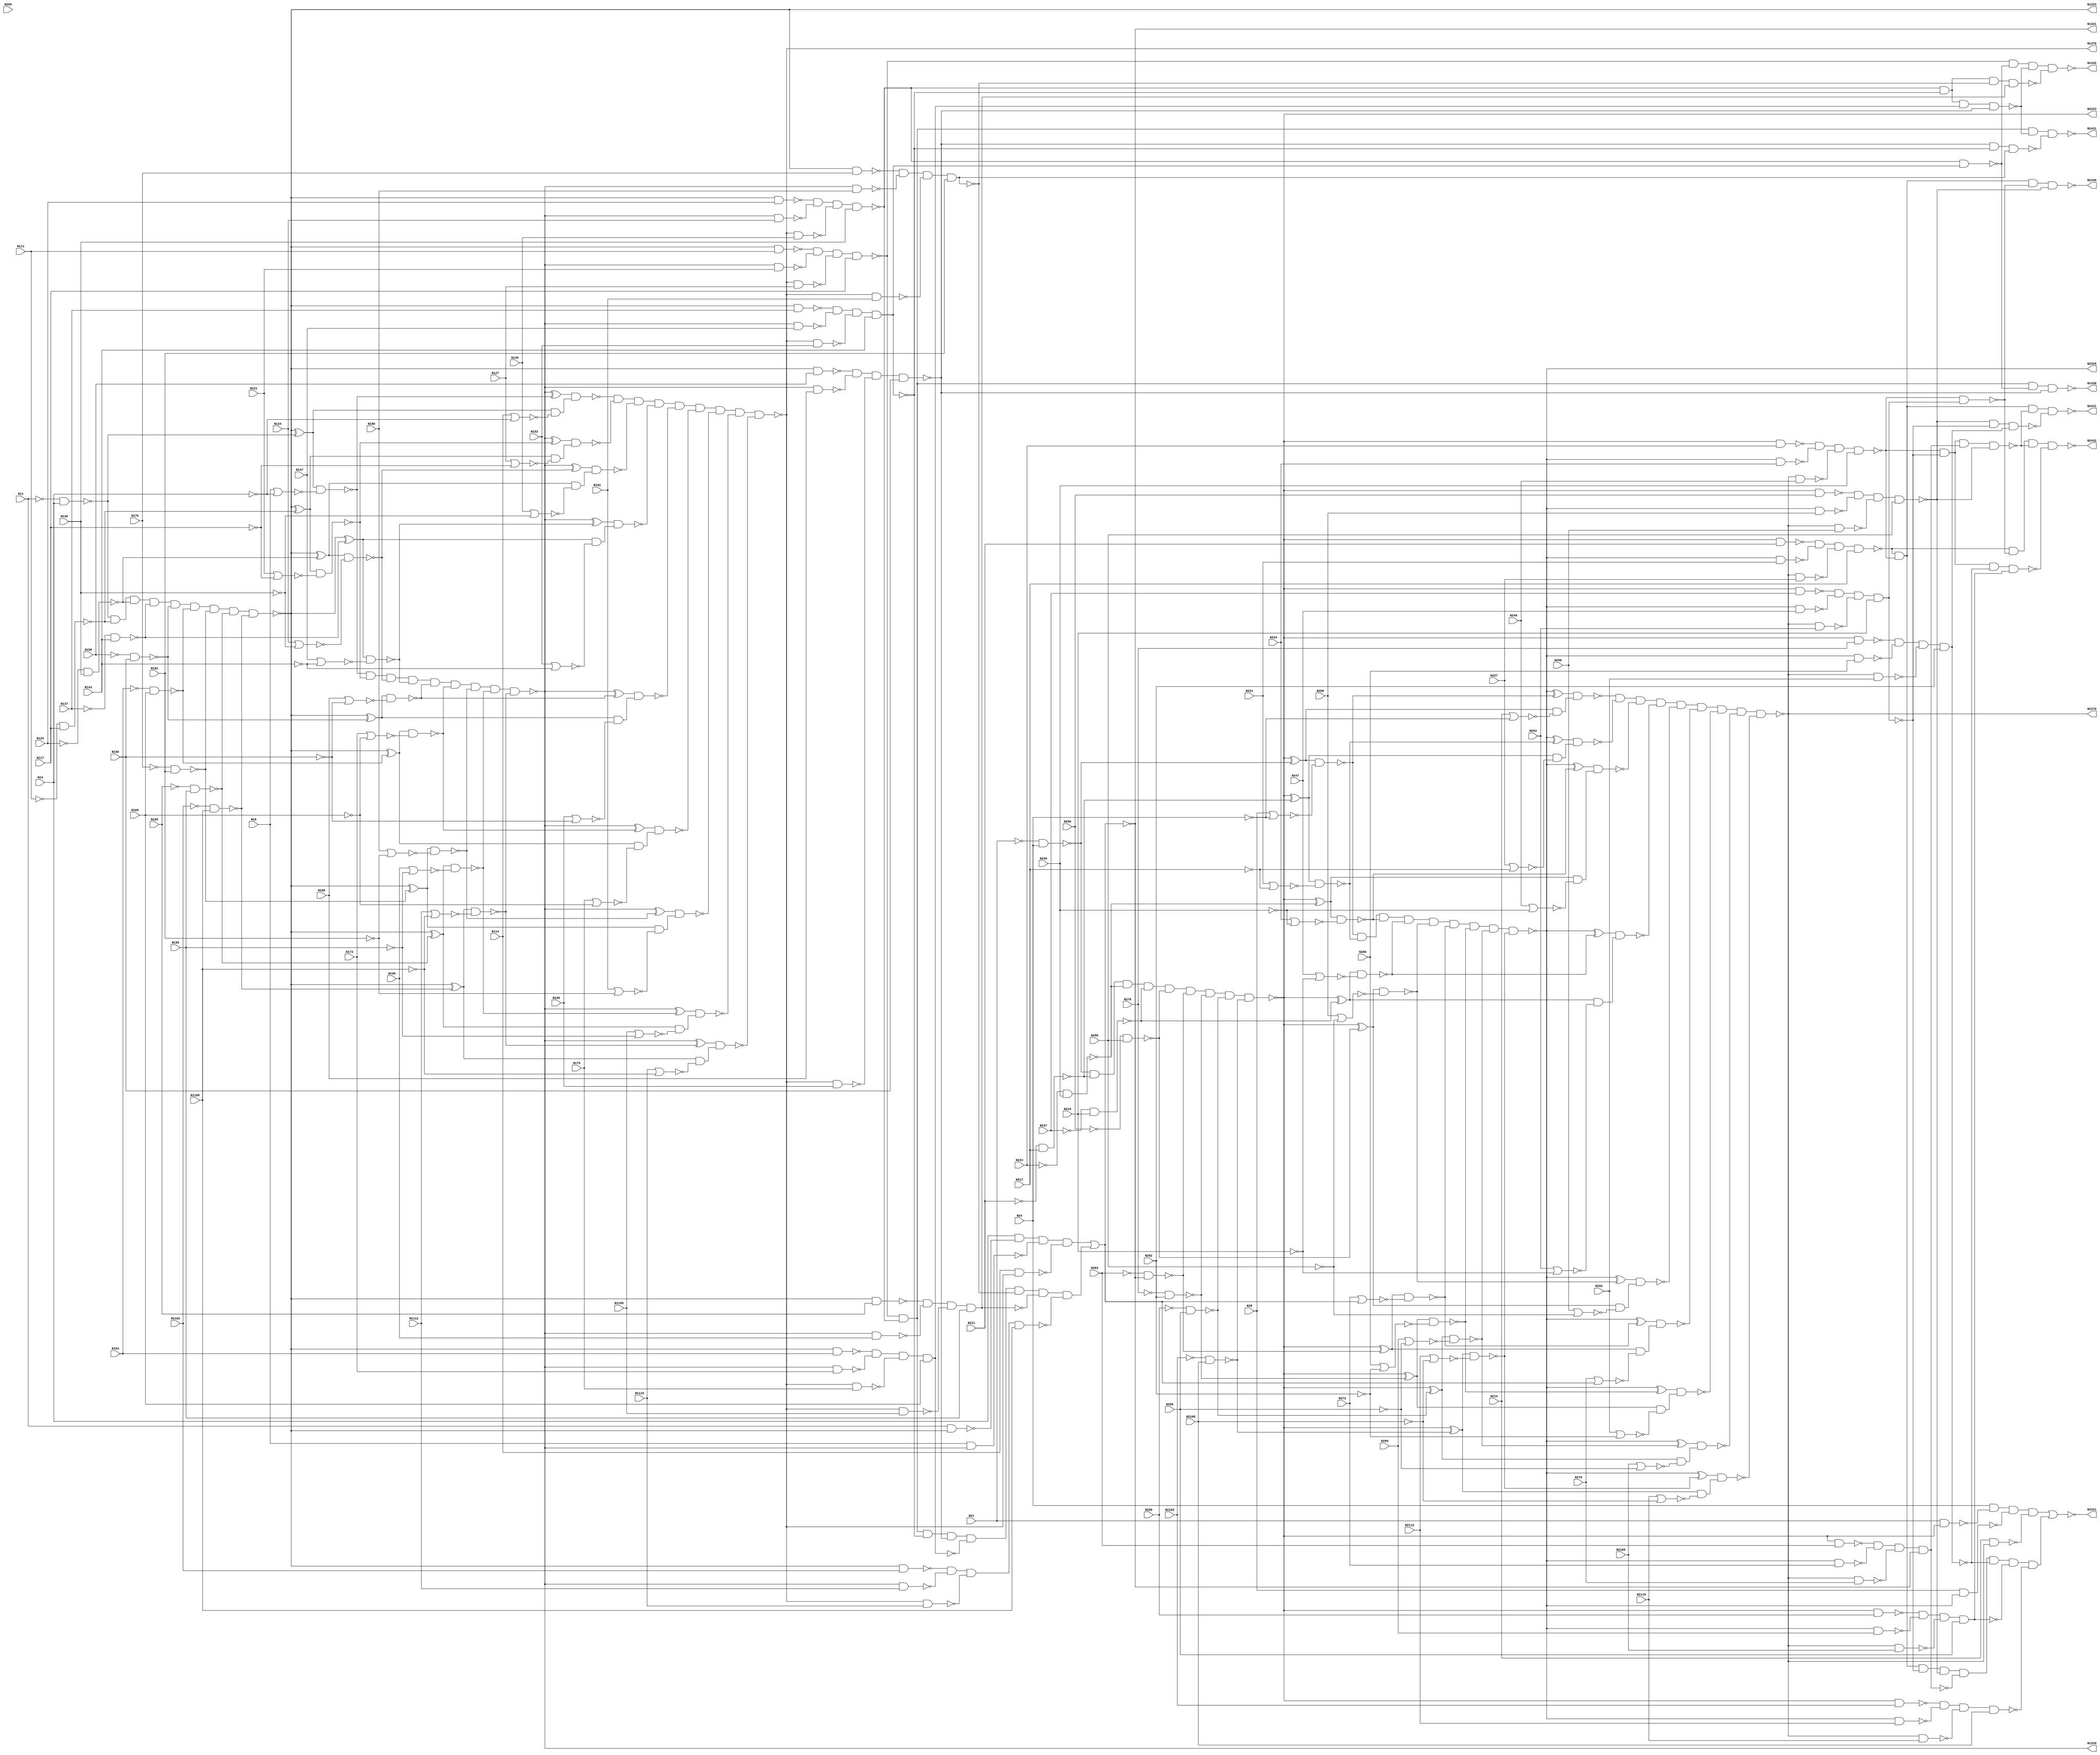
// Verilog
// c864
// Ninputs 72
// Noutputs 14
// NtotalGates 320
// NOT1 80
// NAND2 128
// NOR2 38
// AND9 6
// XOR2 36
// NAND4 28
// AND8 2
// NAND3 2

module c864 (N11,  N14,  N18,  N111, N114, N117, N121, N124, N127, N130,
             N134, N137, N140, N143, N147, N150, N153, N156, N160, N163,
             N166, N169, N173, N176, N179, N182, N186, N189, N192, N195,
             N199, N1102,N1105,N1108,N1112,N1115,N1223,N1329,N1370,N1421,
             N1430,N1431,N1432,
             N21,  N24,  N28,  N211, N214, N217, N221, N224, N227, N230,
             N234, N237, N240, N243, N247, N250, N253, N256, N260, N263,
             N266, N269, N273, N276, N279, N282, N286, N289, N292, N295,
             N299, N2102,N2105,N2108,N2112,N2115,N2223,N2329,N2370,N2421,
             N2430,N2431,N2432
);

input N11, N14,  N18,  N111, N114, N117, N121, N124, N127, N130,
      N134,N137, N140, N143, N147, N150, N153, N156, N160, N163,
      N166,N169, N173, N176, N179, N182, N186, N189, N192, N195,
      N199,N1102,N1105,N1108,N1112,N1115,
      N21, N24,  N28,  N211, N214, N217, N221, N224, N227, N230,
      N234,N237, N240, N243, N247, N250, N253, N256, N260, N263,
      N266,N269, N273, N276, N279, N282, N286, N289, N292, N295,
      N299,N2102,N2105,N2108,N2112,N2115;

output N1223,N1329,N1370,N1421,N1430,N1431,N1432,
       N2223,N2329,N2370,N2421,N2430,N2431,N2432;

wire N1118,N1119,N1122,N1123,N1126,N1127,N1130,N1131,N1134,N1135,
     N1138,N1139,N1142,N1143,N1146,N1147,N1150,N1151,N1154,N1157,
     N1158,N1159,N1162,N1165,N1168,N1171,N1174,N1177,N1180,N1183,
     N1184,N1185,N1186,N1187,N1188,N1189,N1190,N1191,N1192,N1193,
     N1194,N1195,N1196,N1197,N1198,N1199,N1203,N1213,N1224,N1227,
     N1230,N1233,N1236,N1239,N1242,N1243,N1246,N1247,N1250,N1251,
     N1254,N1255,N1256,N1257,N1258,N1259,N1260,N1263,N1264,N1267,
     N1270,N1273,N1276,N1279,N1282,N1285,N1288,N1289,N1290,N1291,
     N1292,N1293,N1294,N1295,N1296,N1300,N1301,N1302,N1303,N1304,
     N1305,N1306,N1307,N1308,N1309,N1319,N1330,N1331,N1332,N1333,
     N1334,N1335,N1336,N1337,N1338,N1339,N1340,N1341,N1342,N1343,
     N1344,N1345,N1346,N1347,N1348,N1349,N1350,N1351,N1352,N1353,
     N1354,N1355,N1356,N1357,N1360,N1371,N1372,N1373,N1374,N1375,
     N1376,N1377,N1378,N1379,N1380,N1381,N1386,N1393,N1399,N1404,
     N1407,N1411,N1414,N1415,N1416,N1417,N1418,N1419,N1420,N1422,
     N1425,N1428,N1429,
     N2118,N2119,N2122,N2123,N2126,N2127,N2130,N2131,N2134,N2135,
     N2138,N2139,N2142,N2143,N2146,N2147,N2150,N2151,N2154,N2157,
     N2158,N2159,N2162,N2165,N2168,N2171,N2174,N2177,N2180,N2183,
     N2184,N2185,N2186,N2187,N2188,N2189,N2190,N2191,N2192,N2193,
     N2194,N2195,N2196,N2197,N2198,N2199,N2203,N2213,N2224,N2227,
     N2230,N2233,N2236,N2239,N2242,N2243,N2246,N2247,N2250,N2251,
     N2254,N2255,N2256,N2257,N2258,N2259,N2260,N2263,N2264,N2267,
     N2270,N2273,N2276,N2279,N2282,N2285,N2288,N2289,N2290,N2291,
     N2292,N2293,N2294,N2295,N2296,N2300,N2301,N2302,N2303,N2304,
     N2305,N2306,N2307,N2308,N2309,N2319,N2330,N2331,N2332,N2333,
     N2334,N2335,N2336,N2337,N2338,N2339,N2340,N2341,N2342,N2343,
     N2344,N2345,N2346,N2347,N2348,N2349,N2350,N2351,N2352,N2353,
     N2354,N2355,N2356,N2357,N2360,N2371,N2372,N2373,N2374,N2375,
     N2376,N2377,N2378,N2379,N2380,N2381,N2386,N2393,N2399,N2404,
     N2407,N2411,N2414,N2415,N2416,N2417,N2418,N2419,N2420,N2422,
     N2425,N2428,N2429;

not  NOT1_11    (N1118, N11);
not  NOT1_12    (N1119, N14);
not  NOT1_13    (N1122, N111);
not  NOT1_14    (N1123, N117);
not  NOT1_15    (N1126, N124);
not  NOT1_16    (N1127, N130);
not  NOT1_17    (N1130, N137);
not  NOT1_18    (N1131, N143);
not  NOT1_19    (N1134, N150);	
not  NOT1_110   (N1135, N156);
not  NOT1_111   (N1138, N163);
not  NOT1_112   (N1139, N169);
not  NOT1_113   (N1142, N176);
not  NOT1_114   (N1143, N182);
not  NOT1_115   (N1146, N189);
not  NOT1_116   (N1147, N195);
not  NOT1_117   (N1150, N1102);
not  NOT1_118   (N1151, N1108);
not  NOT1_147   (N1203, N1199);
not  NOT1_148   (N1213, N1199);
not  NOT1_149   (N1223, N1199);
not  NOT1_187   (N1300, N1263);
not  NOT1_188   (N1301, N1288);
not  NOT1_189   (N1302, N1289);
not  NOT1_190   (N1303, N1290);
not  NOT1_191   (N1304, N1291);
not  NOT1_192   (N1305, N1292);
not  NOT1_193   (N1306, N1293);
not  NOT1_194   (N1307, N1294);
not  NOT1_195   (N1308, N1295);
not  NOT1_196   (N1309, N1296);
not  NOT1_197   (N1319, N1296);
not  NOT1_198   (N1329, N1296);
not  NOT1_1147  (N1415, N1380);
not  NOT1_1149  (N1417, N1393);
not  NOT1_1150  (N1418, N1404);
not  NOT1_1151  (N1419, N1407);
not  NOT1_1152  (N1420, N1411);
not  NOT1_1127  (N1360, N1357);
not  NOT1_1128  (N1370, N1357);
nor  NOR2_120   (N1157, N18,   N1119);
nor  NOR2_121   (N1158, N114,  N1119);
nor  NOR2_130   (N1183, N121,  N1123);
nor  NOR2_131   (N1184, N127,  N1123);
nor  NOR2_132   (N1185, N134,  N1127);
nor  NOR2_133   (N1186, N140,  N1127);
nor  NOR2_134   (N1187, N147,  N1131);
nor  NOR2_135   (N1188, N153,  N1131);
nor  NOR2_136   (N1189, N160,  N1135);
nor  NOR2_137   (N1190, N166,  N1135);
nor  NOR2_138   (N1191, N173,  N1139);
nor  NOR2_139   (N1192, N179,  N1139);
nor  NOR2_140   (N1193, N186,  N1143);
nor  NOR2_141   (N1194, N192,  N1143);
nor  NOR2_142   (N1195, N199,  N1147);
nor  NOR2_143   (N1196, N1105, N1147);
nor  NOR2_144   (N1197, N1112, N1151);
nor  NOR2_145   (N1198, N1115, N1151);
nor  NOR2_1153  (N1421, N1415, N1416);
xor  XOR2_150   (N1224, N1203, N1154);
xor  XOR2_151   (N1227, N1203, N1159);
xor  XOR2_152   (N1230, N1203, N1162);
xor  XOR2_153   (N1233, N1203, N1165);
xor  XOR2_154   (N1236, N1203, N1168);
xor  XOR2_155   (N1239, N1203, N1171);
xor  XOR2_157   (N1243, N1203, N1174);
xor  XOR2_159   (N1247, N1203, N1177);
xor  XOR2_161   (N1251, N1203, N1180);
xor  XOR2_199   (N1330, N1309, N1260);
xor  XOR2_1100  (N1331, N1309, N1264);
xor  XOR2_1101  (N1332, N1309, N1267);
xor  XOR2_1102  (N1333, N1309, N1270);
xor  XOR2_1104  (N1335, N1309, N1273);
xor  XOR2_1106  (N1337, N1309, N1276);
xor  XOR2_1108  (N1339, N1309, N1279);
xor  XOR2_1110  (N1341, N1309, N1282);
xor  XOR2_1112  (N1343, N1309, N1285);
nand NAND2_1103 (N1334, N18,   N1319);
nand NAND2_1105 (N1336, N1319, N121);
nand NAND2_1107 (N1338, N1319, N134);
nand NAND2_1109 (N1340, N1319, N147);
nand NAND2_1111 (N1342, N1319, N160);
nand NAND2_1154 (N1422, N1386, N1417);
nand NAND2_119  (N1154, N1118, N14);
nand NAND2_122  (N1159, N1122, N117);
nand NAND2_123  (N1162, N1126, N130);
nand NAND2_124  (N1165, N1130, N143);
nand NAND2_125  (N1168, N1134, N156);
nand NAND2_126  (N1171, N1138, N169);
nand NAND2_127  (N1174, N1142, N182);
nand NAND2_128  (N1177, N1146, N195);
nand NAND2_129  (N1180, N1150, N1108);
nand NAND2_156  (N1242, N11,   N1213);
nand NAND2_158  (N1246, N1213, N111);
nand NAND2_160  (N1250, N1213, N124);
nand NAND2_162  (N1254, N1213, N137);
nand NAND2_163  (N1255, N1213, N150);
nand NAND2_164  (N1256, N1213, N163);
nand NAND2_165  (N1257, N1213, N176);
nand NAND2_166  (N1258, N1213, N189);
nand NAND2_167  (N1259, N1213, N1102);
nand NAND2_168  (N1260, N1224, N1157);
nand NAND2_169  (N1263, N1224, N1158);
nand NAND2_170  (N1264, N1227, N1183);
nand NAND2_171  (N1267, N1230, N1185);
nand NAND2_172  (N1270, N1233, N1187);
nand NAND2_173  (N1273, N1236, N1189);
nand NAND2_174  (N1276, N1239, N1191);
nand NAND2_175  (N1279, N1243, N1193);
nand NAND2_176  (N1282, N1247, N1195);
nand NAND2_177  (N1285, N1251, N1197);
nand NAND2_178  (N1288, N1227, N1184);
nand NAND2_179  (N1289, N1230, N1186);
nand NAND2_180  (N1290, N1233, N1188);
nand NAND2_181  (N1291, N1236, N1190);
nand NAND2_182  (N1292, N1239, N1192);
nand NAND2_183  (N1293, N1243, N1194);
nand NAND2_184  (N1294, N1247, N1196);
nand NAND2_185  (N1295, N1251, N1198);
nand NAND2_1113 (N1344, N1319, N173);
nand NAND2_1114 (N1345, N1319, N186);
nand NAND2_1115 (N1346, N1319, N199);
nand NAND2_1116 (N1347, N1319, N1112);
nand NAND2_1117 (N1348, N1330, N1300);
nand NAND2_1118 (N1349, N1331, N1301);
nand NAND2_1119 (N1350, N1332, N1302);
nand NAND2_1120 (N1351, N1333, N1303);
nand NAND2_1121 (N1352, N1335, N1304);
nand NAND2_1122 (N1353, N1337, N1305);
nand NAND2_1123 (N1354, N1339, N1306);
nand NAND2_1124 (N1355, N1341, N1307);
nand NAND2_1125 (N1356, N1343, N1308);
nand NAND2_1129 (N1371, N114,  N1360);
nand NAND2_1130 (N1372, N1360, N127);
nand NAND2_1131 (N1373, N1360, N140);
nand NAND2_1132 (N1374, N1360, N153);
nand NAND2_1133 (N1375, N1360, N166);
nand NAND2_1134 (N1376, N1360, N179);
nand NAND2_1135 (N1377, N1360, N192);
nand NAND2_1136 (N1378, N1360, N1105);
nand NAND2_1137 (N1379, N1360, N1115);
nand NAND3_1156 (N1428, N1399, N1393, N1419);
nand NAND4_1138 (N1380, N14,   N1242, N1334, N1371);
nand NAND4_1139 (N1381, N1246, N1336, N1372, N117);
nand NAND4_1140 (N1386, N1250, N1338, N1373, N130);
nand NAND4_1141 (N1393, N1254, N1340, N1374, N143);
nand NAND4_1142 (N1399, N1255, N1342, N1375, N156);
nand NAND4_1143 (N1404, N1256, N1344, N1376, N169);
nand NAND4_1144 (N1407, N1257, N1345, N1377, N182);
nand NAND4_1145 (N1411, N1258, N1346, N1378, N195);
nand NAND4_1146 (N1414, N1259, N1347, N1379, N1108);
nand NAND4_1155 (N1425, N1386, N1393, N1418, N1399);
nand NAND4_1157 (N1429, N1386, N1393, N1407, N1420);
nand NAND4_1158 (N1430, N1381, N1386, N1422, N1399);
nand NAND4_1159 (N1431, N1381, N1386, N1425, N1428);
nand NAND4_1160 (N1432, N1381, N1422, N1425, N1429);
and  AND8_1148  (N1416, N1381, N1386, N1393, N1399, N1404, N1407, N1411, N1414);
and  AND9_146   (N1199, N1154, N1159, N1162, N1165, N1168, N1171, N1174, N1177, N1180);
and  AND9_186   (N1296, N1260, N1264, N1267, N1270, N1273, N1276, N1279, N1282, N1285);
and  AND9_1126  (N1357, N1348, N1349, N1350, N1351, N1352, N1353, N1354, N1355, N1356);

not  NOT1_21    (N2118, N21);
not  NOT1_22    (N2119, N24);
not  NOT1_23    (N2122, N211);
not  NOT1_24    (N2123, N217);
not  NOT1_25    (N2126, N224);
not  NOT1_26    (N2127, N230);
not  NOT1_27    (N2130, N237);
not  NOT1_28    (N2131, N243);
not  NOT1_29    (N2134, N250);	
not  NOT1_210   (N2135, N256);
not  NOT1_211   (N2138, N263);
not  NOT1_212   (N2139, N1421);
not  NOT1_213   (N2142, N276);
not  NOT1_214   (N2143, N282);
not  NOT1_215   (N2146, N289);
not  NOT1_216   (N2147, N295);
not  NOT1_217   (N2150, N2102);
not  NOT1_218   (N2151, N2108);
not  NOT1_247   (N2203, N2199);
not  NOT1_248   (N2213, N2199);
not  NOT1_249   (N2223, N2199);
not  NOT1_287   (N2300, N2263);
not  NOT1_288   (N2301, N2288);
not  NOT1_289   (N2302, N2289);
not  NOT1_290   (N2303, N2290);
not  NOT1_291   (N2304, N2291);
not  NOT1_292   (N2305, N2292);
not  NOT1_293   (N2306, N2293);
not  NOT1_294   (N2307, N2294);
not  NOT1_295   (N2308, N2295);
not  NOT1_296   (N2309, N2296);
not  NOT1_297   (N2319, N2296);
not  NOT1_298   (N2329, N2296);
not  NOT1_2147  (N2415, N2380);
not  NOT1_2149  (N2417, N2393);
not  NOT1_2150  (N2418, N2404);
not  NOT1_2151  (N2419, N2407);
not  NOT1_2152  (N2420, N2411);
not  NOT1_2127  (N2360, N2357);
not  NOT1_2128  (N2370, N2357);
nor  NOR2_220   (N2157, N28,   N2119);
nor  NOR2_221   (N2158, N214,  N2119);
nor  NOR2_230   (N2183, N221,  N2123);
nor  NOR2_231   (N2184, N227,  N2123);
nor  NOR2_232   (N2185, N234,  N2127);
nor  NOR2_233   (N2186, N240,  N2127);
nor  NOR2_234   (N2187, N247,  N2131);
nor  NOR2_235   (N2188, N253,  N2131);
nor  NOR2_236   (N2189, N260,  N2135);
nor  NOR2_237   (N2190, N266,  N2135);
nor  NOR2_238   (N2191, N273,  N2139);
nor  NOR2_239   (N2192, N279,  N2139);
nor  NOR2_240   (N2193, N286,  N2143);
nor  NOR2_241   (N2194, N292,  N2143);
nor  NOR2_242   (N2195, N299,  N2147);
nor  NOR2_243   (N2196, N2105, N2147);
nor  NOR2_244   (N2197, N2112, N2151);
nor  NOR2_245   (N2198, N2115, N2151);
nor  NOR2_2153  (N2421, N2415, N2416);
xor  XOR2_250   (N2224, N2203, N2154);
xor  XOR2_251   (N2227, N2203, N2159);
xor  XOR2_252   (N2230, N2203, N2162);
xor  XOR2_253   (N2233, N2203, N2165);
xor  XOR2_254   (N2236, N2203, N2168);
xor  XOR2_255   (N2239, N2203, N2171);
xor  XOR2_257   (N2243, N2203, N2174);
xor  XOR2_259   (N2247, N2203, N2177);
xor  XOR2_261   (N2251, N2203, N2180);
xor  XOR2_299   (N2330, N2309, N2260);
xor  XOR2_2100  (N2331, N2309, N2264);
xor  XOR2_2101  (N2332, N2309, N2267);
xor  XOR2_2102  (N2333, N2309, N2270);
xor  XOR2_2104  (N2335, N2309, N2273);
xor  XOR2_2106  (N2337, N2309, N2276);
xor  XOR2_2108  (N2339, N2309, N2279);
xor  XOR2_2110  (N2341, N2309, N2282);
xor  XOR2_2112  (N2343, N2309, N2285);
nand NAND2_2103 (N2334, N28,   N2319);
nand NAND2_2105 (N2336, N2319, N221);
nand NAND2_2107 (N2338, N2319, N234);
nand NAND2_2109 (N2340, N2319, N247);
nand NAND2_2111 (N2342, N2319, N260);
nand NAND2_2154 (N2422, N2386, N2417);
nand NAND2_219  (N2154, N2118, N24);
nand NAND2_222  (N2159, N2122, N217);
nand NAND2_223  (N2162, N2126, N230);
nand NAND2_224  (N2165, N2130, N243);
nand NAND2_225  (N2168, N2134, N256);
nand NAND2_226  (N2171, N2138, N1421);
nand NAND2_227  (N2174, N2142, N282);
nand NAND2_228  (N2177, N2146, N295);
nand NAND2_229  (N2180, N2150, N2108);
nand NAND2_256  (N2242, N21,   N2213);
nand NAND2_258  (N2246, N2213, N211);
nand NAND2_260  (N2250, N2213, N224);
nand NAND2_262  (N2254, N2213, N237);
nand NAND2_263  (N2255, N2213, N250);
nand NAND2_264  (N2256, N2213, N263);
nand NAND2_265  (N2257, N2213, N276);
nand NAND2_266  (N2258, N2213, N289);
nand NAND2_267  (N2259, N2213, N2102);
nand NAND2_268  (N2260, N2224, N2157);
nand NAND2_269  (N2263, N2224, N2158);
nand NAND2_270  (N2264, N2227, N2183);
nand NAND2_271  (N2267, N2230, N2185);
nand NAND2_272  (N2270, N2233, N2187);
nand NAND2_273  (N2273, N2236, N2189);
nand NAND2_274  (N2276, N2239, N2191);
nand NAND2_275  (N2279, N2243, N2193);
nand NAND2_276  (N2282, N2247, N2195);
nand NAND2_277  (N2285, N2251, N2197);
nand NAND2_278  (N2288, N2227, N2184);
nand NAND2_279  (N2289, N2230, N2186);
nand NAND2_280  (N2290, N2233, N2188);
nand NAND2_281  (N2291, N2236, N2190);
nand NAND2_282  (N2292, N2239, N2192);
nand NAND2_283  (N2293, N2243, N2194);
nand NAND2_284  (N2294, N2247, N2196);
nand NAND2_285  (N2295, N2251, N2198);
nand NAND2_2113 (N2344, N2319, N273);
nand NAND2_2114 (N2345, N2319, N286);
nand NAND2_2115 (N2346, N2319, N299);
nand NAND2_2116 (N2347, N2319, N2112);
nand NAND2_2117 (N2348, N2330, N2300);
nand NAND2_2118 (N2349, N2331, N2301);
nand NAND2_2119 (N2350, N2332, N2302);
nand NAND2_2120 (N2351, N2333, N2303);
nand NAND2_2121 (N2352, N2335, N2304);
nand NAND2_2122 (N2353, N2337, N2305);
nand NAND2_2123 (N2354, N2339, N2306);
nand NAND2_2124 (N2355, N2341, N2307);
nand NAND2_2125 (N2356, N2343, N2308);
nand NAND2_2129 (N2371, N214,  N2360);
nand NAND2_2130 (N2372, N2360, N227);
nand NAND2_2131 (N2373, N2360, N240);
nand NAND2_2132 (N2374, N2360, N253);
nand NAND2_2133 (N2375, N2360, N266);
nand NAND2_2134 (N2376, N2360, N279);
nand NAND2_2135 (N2377, N2360, N292);
nand NAND2_2136 (N2378, N2360, N2105);
nand NAND2_2137 (N2379, N2360, N2115);
nand NAND3_2156 (N2428, N2399, N2393, N2419);
nand NAND4_2138 (N2380, N24,   N2242, N2334, N2371);
nand NAND4_2139 (N2381, N2246, N2336, N2372, N217);
nand NAND4_2140 (N2386, N2250, N2338, N2373, N230);
nand NAND4_2141 (N2393, N2254, N2340, N2374, N243);
nand NAND4_2142 (N2399, N2255, N2342, N2375, N256);
nand NAND4_2143 (N2404, N2256, N2344, N2376, N1421);
nand NAND4_2144 (N2407, N2257, N2345, N2377, N282);
nand NAND4_2145 (N2411, N2258, N2346, N2378, N295);
nand NAND4_2146 (N2414, N2259, N2347, N2379, N2108);
nand NAND4_2155 (N2425, N2386, N2393, N2418, N2399);
nand NAND4_2157 (N2429, N2386, N2393, N2407, N2420);
nand NAND4_2158 (N2430, N2381, N2386, N2422, N2399);
nand NAND4_2159 (N2431, N2381, N2386, N2425, N2428);
nand NAND4_2160 (N2432, N2381, N2422, N2425, N2429);
and  AND8_2148  (N2416, N2381, N2386, N2393, N2399, N2404, N2407, N2411, N2414);
and  AND9_246   (N2199, N2154, N2159, N2162, N2165, N2168, N2171, N2174, N2177, N2180);
and  AND9_286   (N2296, N2260, N2264, N2267, N2270, N2273, N2276, N2279, N2282, N2285);
and  AND9_2126  (N2357, N2348, N2349, N2350, N2351, N2352, N2353, N2354, N2355, N2356);

endmodule